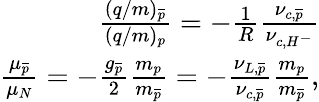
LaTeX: \begin{array}{r}{\frac{(q/m)_{\overline{{p}}}}{(q/m)_{p}}=-\frac{1}{R}\frac{\nu_{c,\overline{{p}}}}{\nu_{c,H^{-}}}}\\ {\frac{\mu_{\overline{{p}}}}{\mu_{N}}=-\frac{g_{\overline{{p}}}}{2}\frac{m_{p}}{m_{\overline{{p}}}}=-\frac{\nu_{L,\overline{{p}}}}{\nu_{c,\overline{{p}}}}\frac{m_{p}}{m_{\overline{{p}}}},}\end{array}